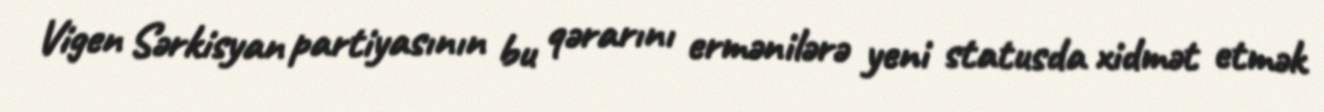
Vigen Sərkisyan partiyasının bu qərarını ermənilərə yeni statusda xidmət etmək